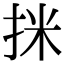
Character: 𢬊